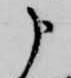
申